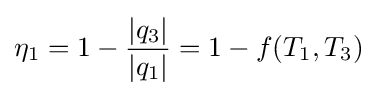
\eta _{1}=1-{\frac {|q_{3}|}{|q_{1}|}}=1-f(T_{1},T_{3})